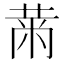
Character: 𮮠